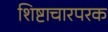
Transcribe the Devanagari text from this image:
शिष्टाचारपरक